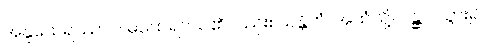
အနူထေရဿာပိ၊ မထေရ်ငယ်၏လည်း။ သန္တိကံ၊ အထံသို့။ ဂန္တွာ၊ သွား၍။